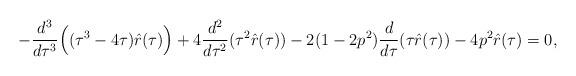
LaTeX: \begin{align*} - {d^3 \over d \tau^3} \Big ( (\tau^3 - 4 \tau) \hat{r}(\tau) \Big ) + 4 {d^2 \over d \tau^2} (\tau^2 \hat{r}(\tau)) - 2 (1 - 2 p^2) {d \over d \tau} ( \tau \hat{r}(\tau)) - 4 p^2 \hat{r}(\tau) = 0, \end{align*}